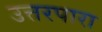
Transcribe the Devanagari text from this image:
उत्तरपारा